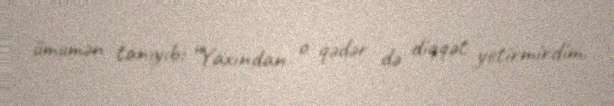
ümumən tanıyıb: “Yaxından o qədər də diqqət yetirmirdim.